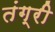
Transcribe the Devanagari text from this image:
तंग्री